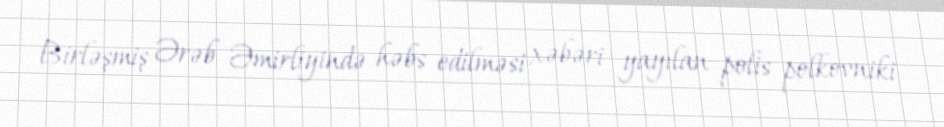
Birləşmiş Ərəb Əmirliyində həbs edilməsi xəbəri yayılan polis polkovniki